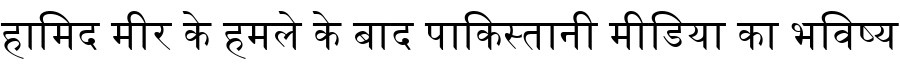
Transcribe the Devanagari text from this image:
हामिद मीर के हमले के बाद पाकिस्तानी मीडिया का भविष्य